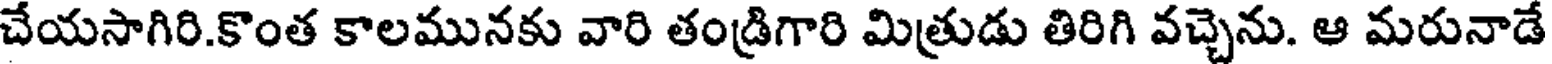
చేయసాగిరి.కొంత కాలమునకు వారి తండ్రిగారి మిత్రుడు తిరిగి వచ్చెను. ఆ మరునాడే